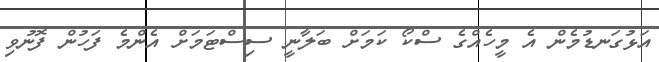
އަޅުގަނޑުމެން އެ މީހެއްގެ ސްކޯ ކަމަށް ބަލާނީ ސިސްޓަމަށް އެންމެ ފަހުން ފޮނުވި